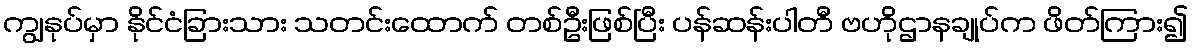
ကျွနုပ်မှာ နိုင်ငံခြားသား သတင်းထောက် တစ်ဦးဖြစ်ပြီး ပန်ဆန်းပါတီ ဗဟိုဌာနချုပ်က ဖိတ်ကြား၍